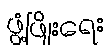
ဖွံ့ဖြိုးရေး